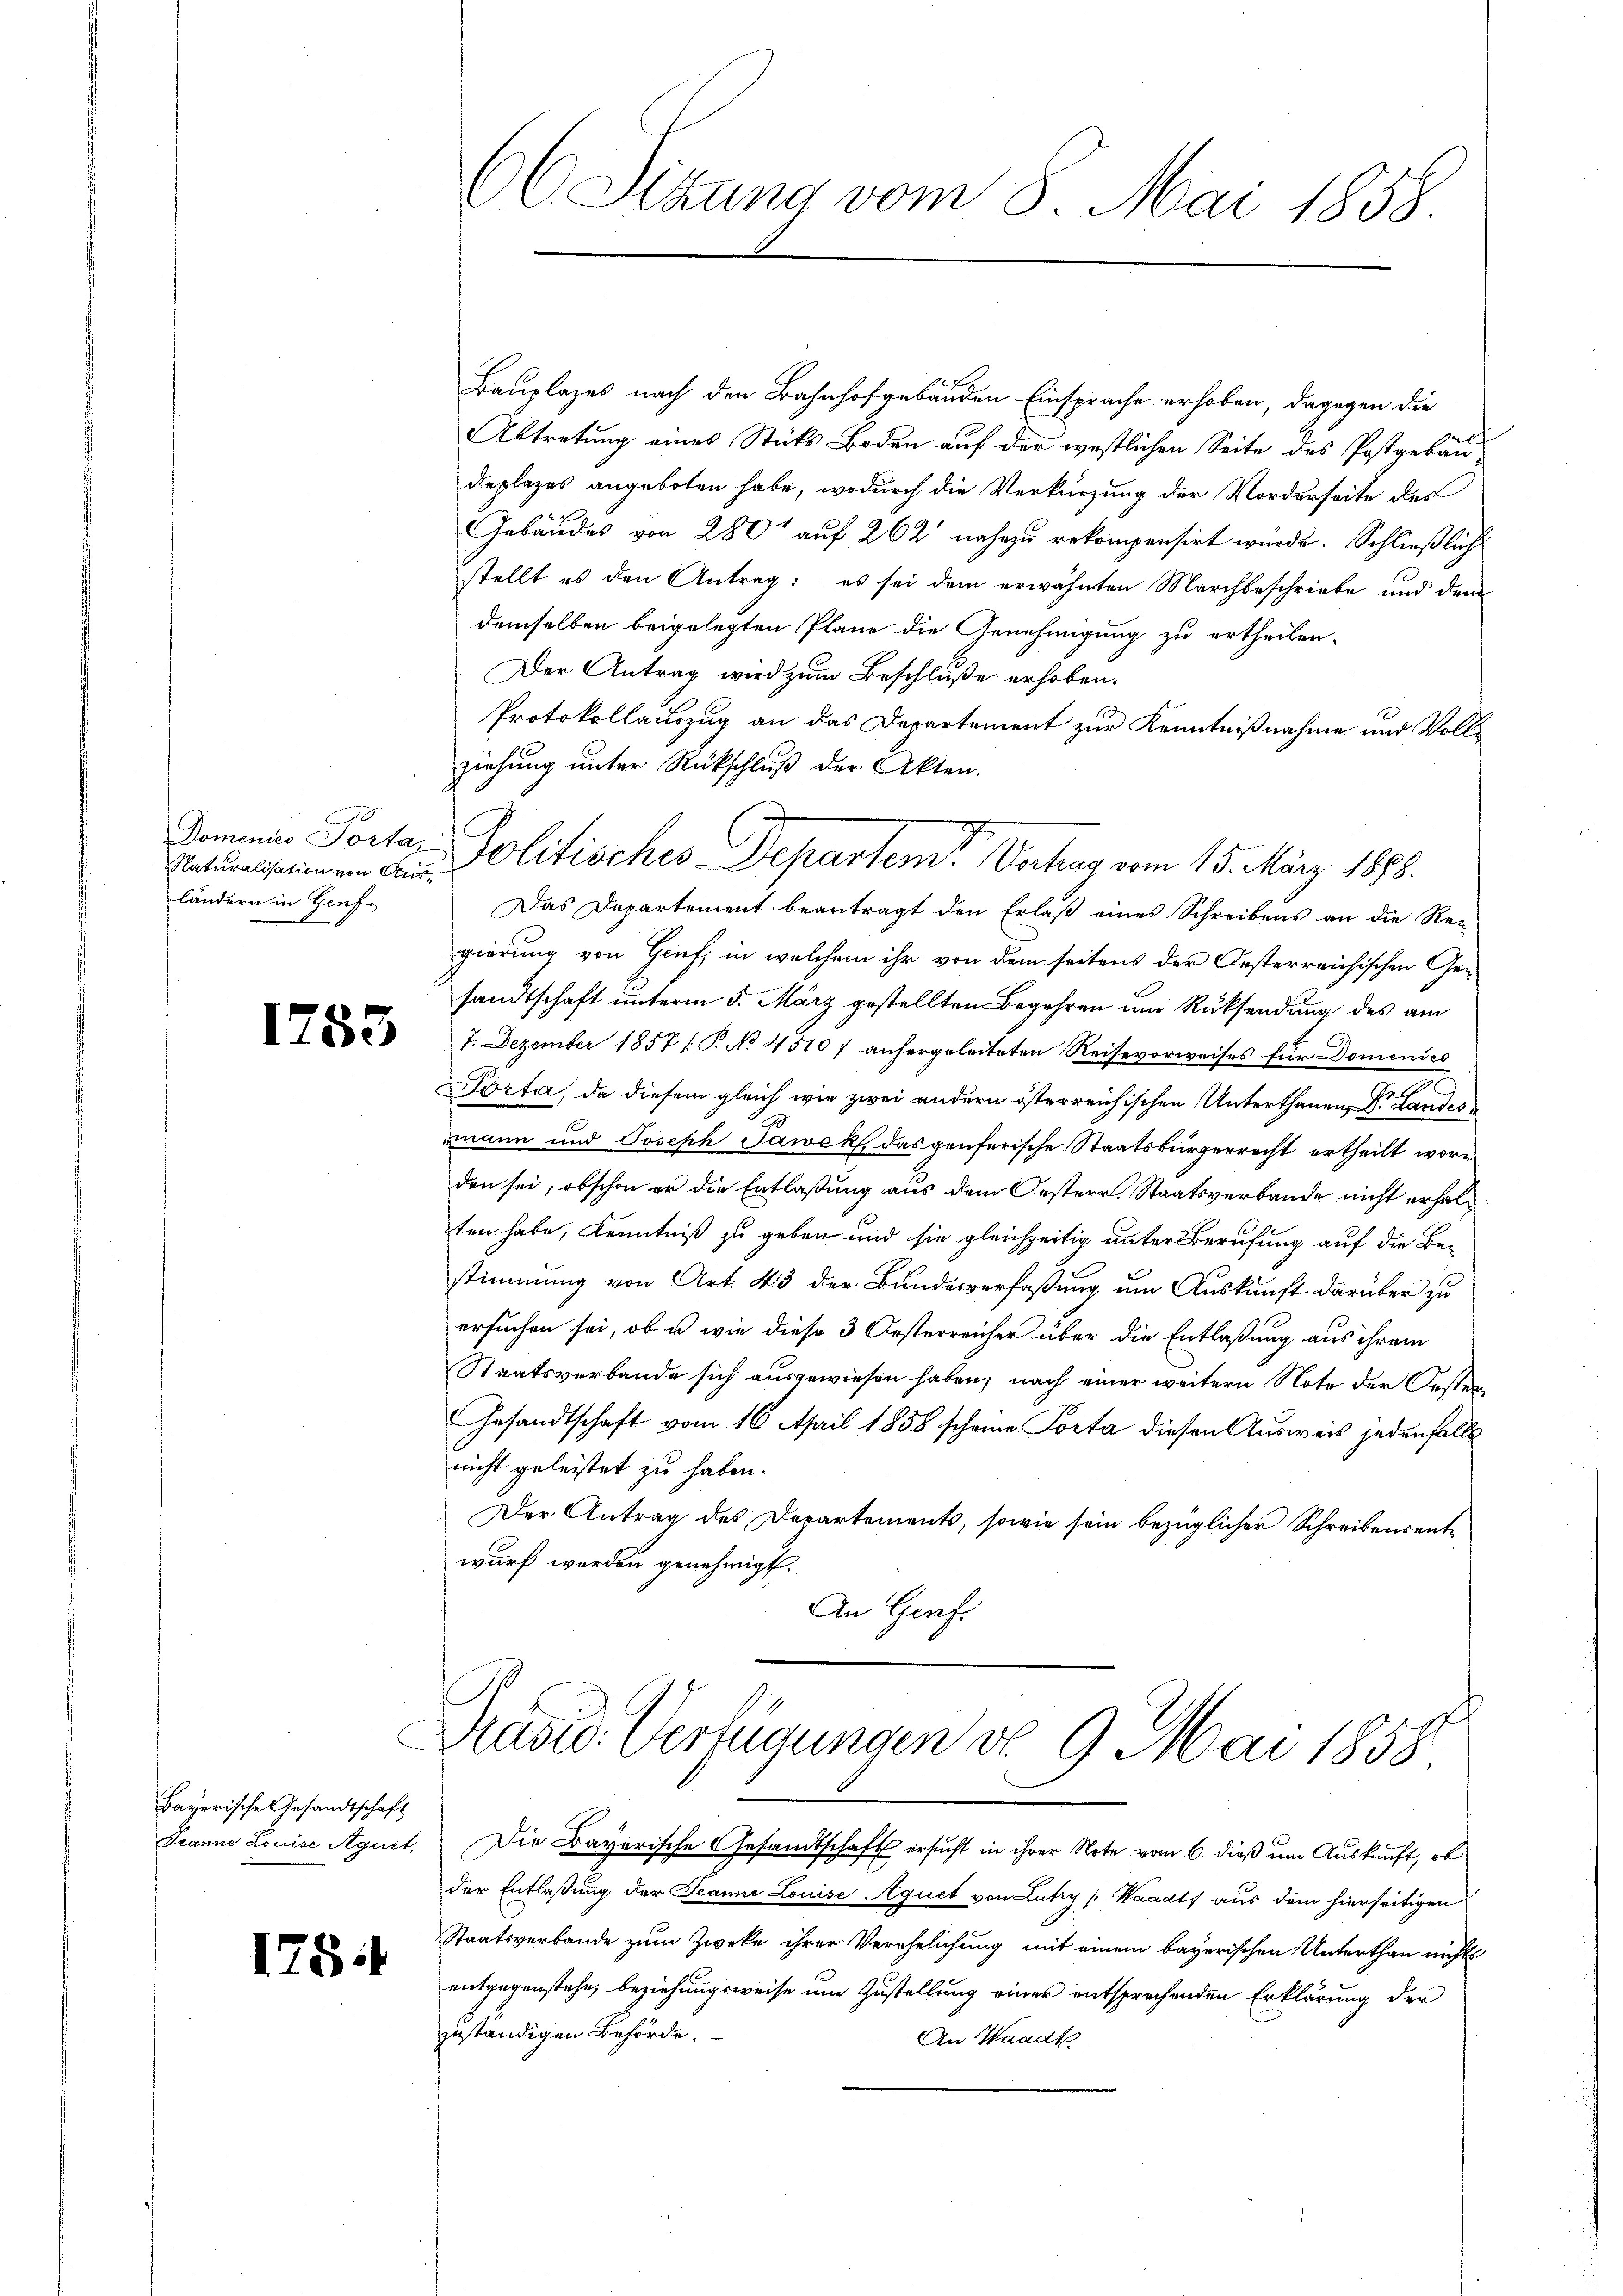
Naturalisation von Ausländern in Genfe

Bayerische Gesandtschaft

1754

66 Sitzung vom 8. Mai 1858.

Bauplazes nach den Bahnhofgebäuden Einsprache erhoben, dagegen die
Abtretung eines Sticks Boden auf der westlichen Seite des Postgebau
deplazes angeboten habe, wodurch die Verkürzung der Morderseite des
Gebäudes von 280 auf 262 nahezu rekompensirt würde. Schließlich
stellt es den Antrag: es sei dem erwähnten Marchbeschriebe und dem
demselben beigelegten Plane die Genehmigung zu ertheilen.
Der Antrag wird zum Beschluße erhoben.
Protokollauszug an das Departement zur Kenntnißnahme und Vollziehung unter Rückschluß der Akten.
Das Departement beantragt den Erlaß eines Schreibens an die Rec
gierung von Genf, in welchem ihr von dem seitens der Oesterreichischen Gesandtschaft unterm 5. März gestellten Begehren um Rücksendung des am
27. Dezember 1857 f. P. No. 45107 anhergeleiteten Reisevorweises für Domenies
Porta, da diesem gleich wie zwei andern österreichischen Unterthanen, Dr. Landes
mann und Joseph Pawek, das genferische Staatsbürgerrecht ertheilt worden sei, obschon er die Entlaßung aus dem Oesterr. Staatsverbande nicht erhalten habe, Kenntniß zu geben und sie gleichzeitig unter Berufung auf die Bestimmung von Art. 43 der Bundesverfaßung um Auskunft darüber zu
ersuchen sei, ob u. wie diese 3 Oesterreicher über die Entlaßung aus ihrem
Staatsverbande sich ausgewiesen haben; nach einer weitern Note der Oesten¬
Gesandtschaft vom 16. April 1858 scheine Porta diesen Ausweis jedenfalls
nicht geleistet zu haben.
Der Antrag des Departements, sowie sein bezüglicher Schreibensentwurf werden genehmigt.
An Genf.
David Verfügungen d. 9. Mai 1858.
Jeanne Louise Agnet. Die Bayerische Gesandtschaft ersucht in ihrer Note vom 6. dieß um Auskunft, ob
der Entlaßung der Jeanne Louise Aquet von Lutry (Waadt aus dem hierseitigen
Staatsverbande zum Zweke ihrer Verehelichung mit einem bayerischen Unterthan nichts
entgegenstehe, beziehungsweise um Zustellung einer entsprechenden Erklärung der
zuständigen Behörde.
An Waadt

Domain Portan Politisches Departem Vortrag vom 15. März 1888.